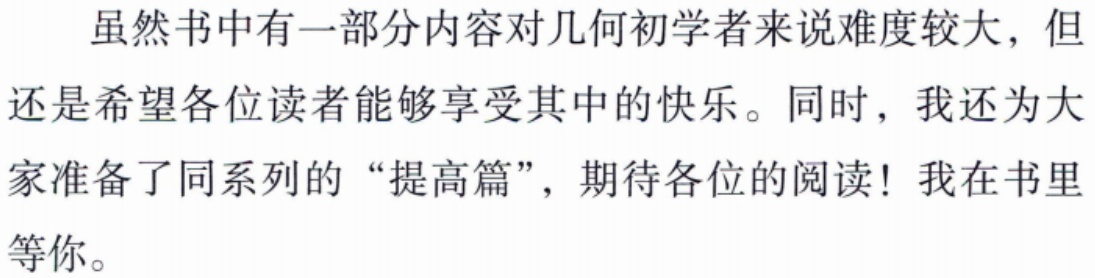
虽然书中有一部分内容对几何初学者来说难度较大，但还是希望各位读者能够享受其中的快乐。同时，我还为大家准备了同系列的“提高篇”，期待各位的阅读！我在书里等你。